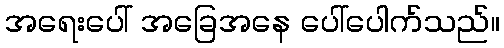
အရေးပေါ် အခြေအနေ ပေါ်ပေါက်သည်။